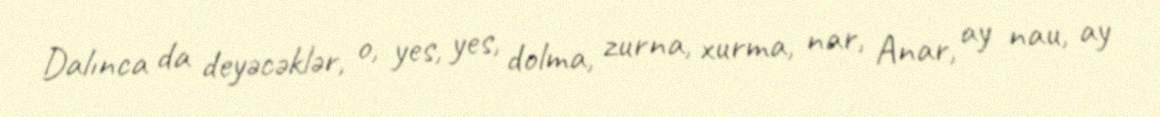
Dalınca da deyəcəklər, o, yes, yes, dolma, zurna, xurma, nar, Anar, ay nau, ay